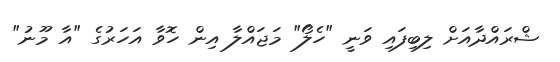
ޝްރައްދާއަށް ލިބިފައި ވަނީ "ހެލޯ" މަޖައްލާ އިން ހޮވާ އަހަރުގެ "އާ މޫނު"